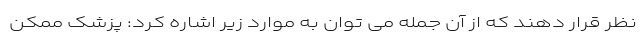
نظر قرار دهند که از آن جمله می توان به موارد زیر اشاره کرد: پزشک ممکن